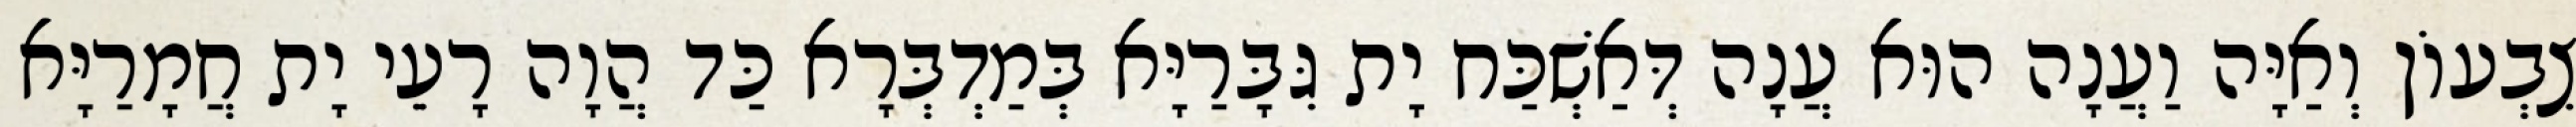
צִבְעוֹן וְאַיָּה וַעֲנָה הוּא עֲנָה דְּאַשְׁכַּח יָת גִּבָּרַיָּא בְּמַדְבְּרָא כַּד הֲוָה רָעֵי יָת חֲמָרַיָּא